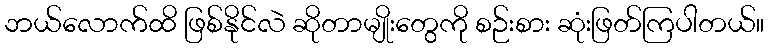
ဘယ်လောက်ထိ ဖြစ်နိုင်လဲ ဆိုတာမျိုးတွေကို စဉ်းစား ဆုံးဖြတ်ကြပါတယ်။